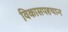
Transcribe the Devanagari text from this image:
विकासपहचान